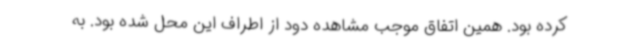
کرده بود. همین اتفاق موجب مشاهده دود از اطراف این محل شده بود. به